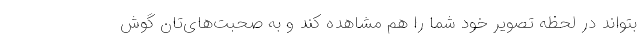
بتواند در لحظه تصویر خود شما را هم مشاهده کند و به صحبت‌های‌تان گوش